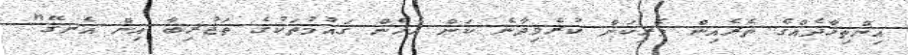
އިންތިހާދެއްގެ ތެރެއިން ވެރިކަން ކުރެވިދާނެ ކަން އެހެން ގައުމުތަކުގެ ތަޖުރިބާ އިން އެނގޭ"